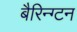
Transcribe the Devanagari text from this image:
बैरिन्ग्टन